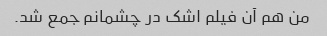
من هم آن فیلم اشک در چشمانم جمع شد.